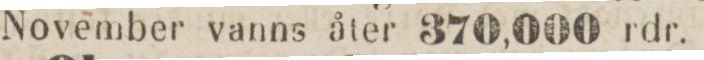
November vanns åter 370,000 rdr.